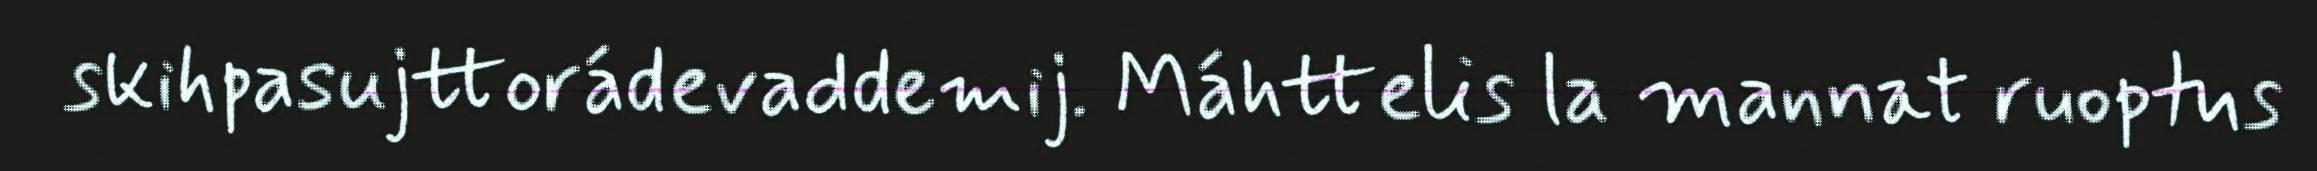
skihpasujttorádevaddemij. Máhttelis la mannat ruoptus